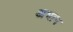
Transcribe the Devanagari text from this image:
अभाय